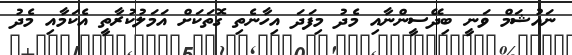
ނައުޝަމް ވަނީ ބިދޭސީންނާއި މެދު މިފަދަ އިހާނެތި ގޮތަކަށް އަމަލުކުރާތީ އެކަމާއި މެދު